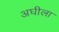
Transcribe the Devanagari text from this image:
अघीला